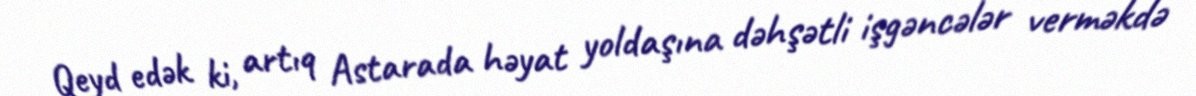
Qeyd edək ki, artıq Astarada həyat yoldaşına dəhşətli işgəncələr verməkdə